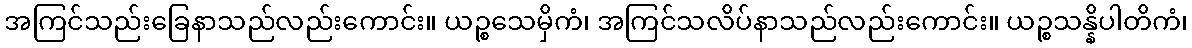
အကြင်သည်းခြေနာသည်လည်းကောင်း။ ယဉ္စသေမှိကံ၊ အကြင်သလိပ်နာသည်လည်းကောင်း။ ယဉ္စသန္နိပါတိကံ၊